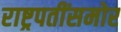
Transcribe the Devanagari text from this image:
राष्ट्रपतींसमोर